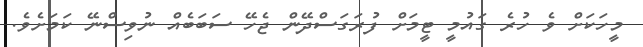
މީހަކަށް ވެ ހުރެ ގައުމީ ޓީމަށް ފުރަގަސްދޭން ޖެހޭ ސަބަބެއް ނުވިސްނޭ ކަމަށެވެ.